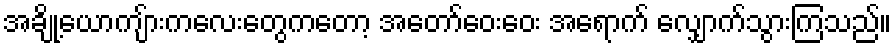
အချို့ယောကျ်ားကလေးတွေကတော့ အတော်ဝေးဝေး အရောက် လျှောက်သွားကြသည်။